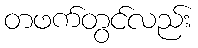
တဖက်တွင်လည်း